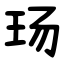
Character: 玚